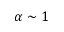
\alpha \sim 1